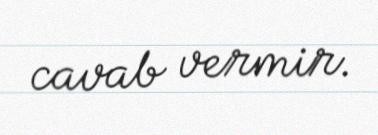
cavab vermir.